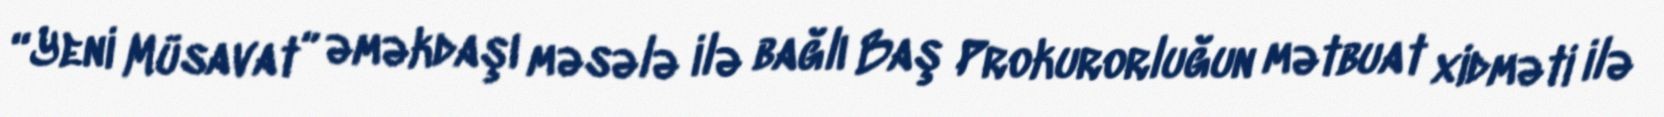
“Yeni Müsavat” əməkdaşı məsələ ilə bağlı Baş Prokurorluğun mətbuat xidməti ilə